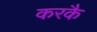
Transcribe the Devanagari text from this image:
करकै